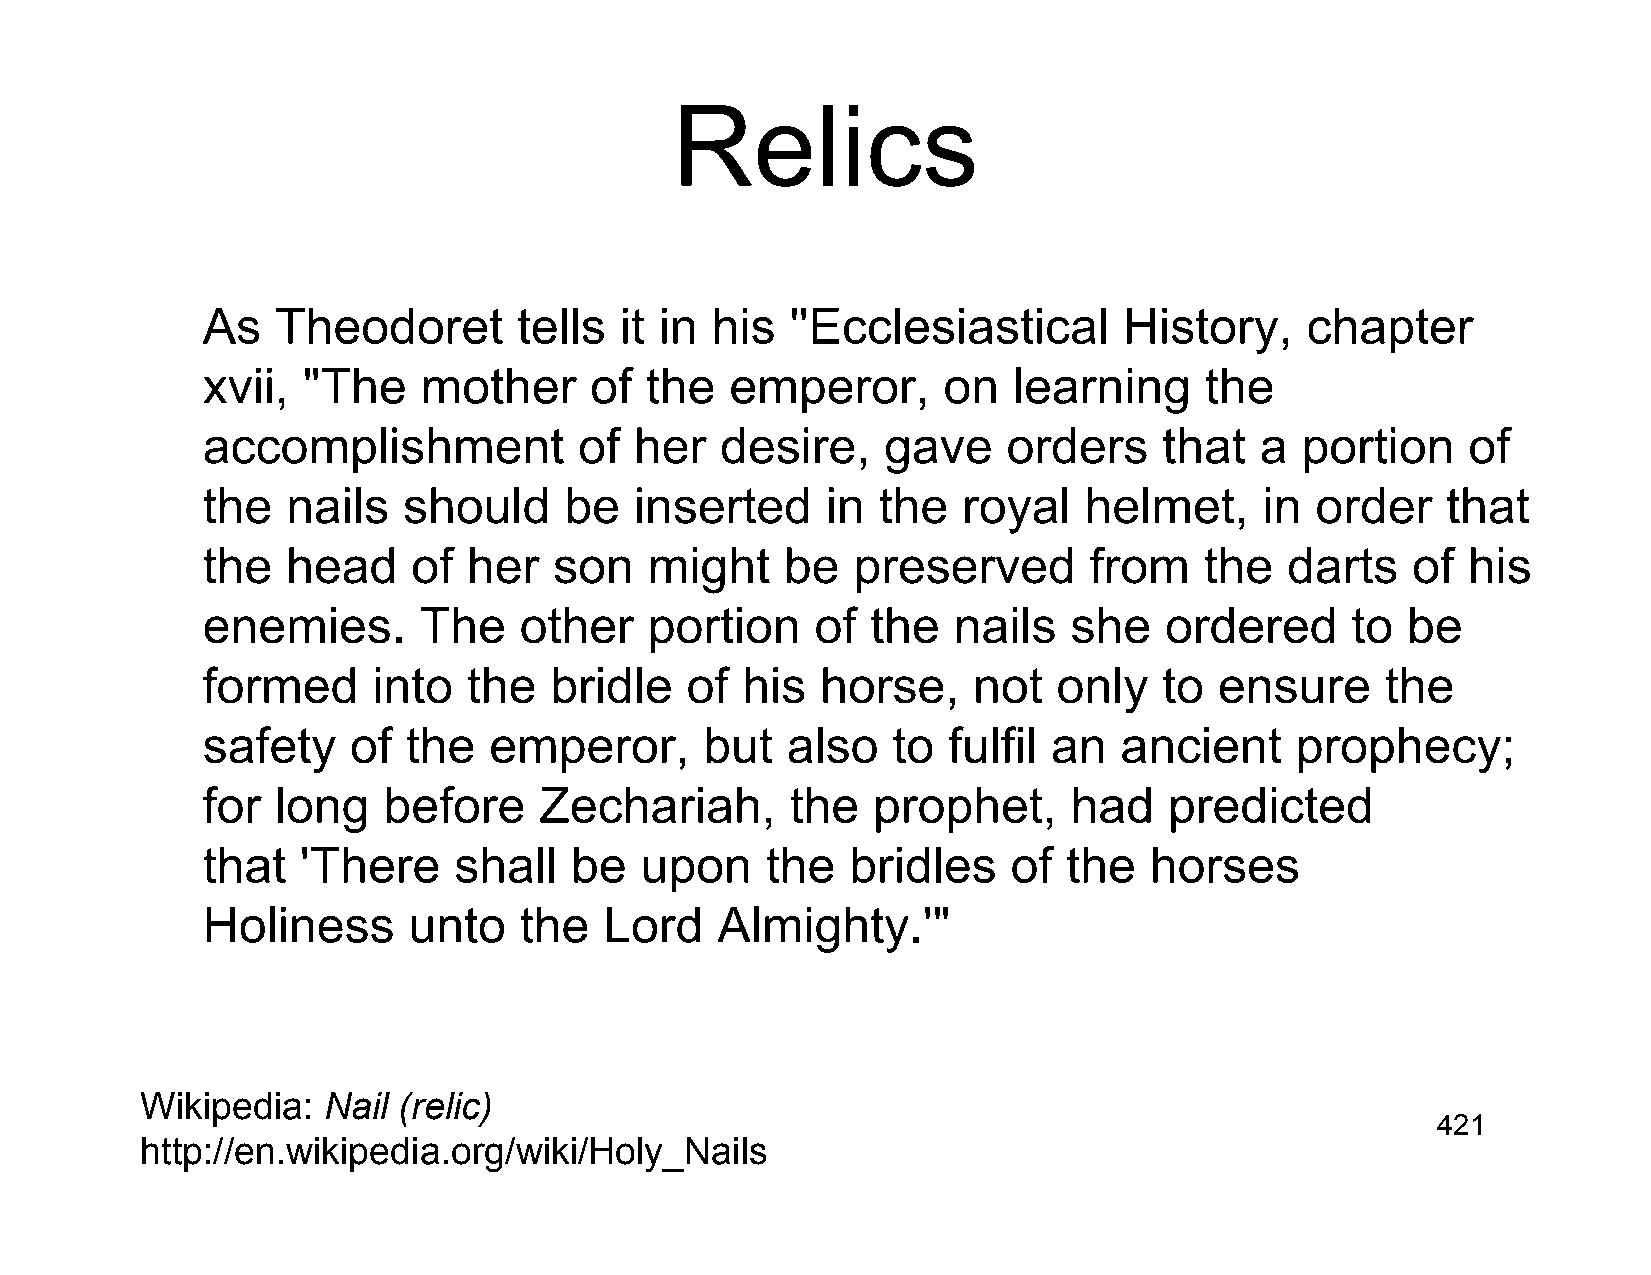
Relics
 As   Theodoret       tells  it in his  ''Ecclesiastical      History,    chapter
 xvii,  "The    mother     of  the  emperor,      on   learning     the
 accomplishment           of  her   desire,    gave    orders    that  a  portion    of
 the   nails   should    be   inserted     in the   royal   helmet,     in order    that
 the   head    of  her   son   might    be  preserved       from    the  darts   of  his
 enemies.       The   other    portion    of  the  nails   she   ordered     to  be
 formed      into  the  bridle   of  his  horse,    not   only   to  ensure     the
 safety    of  the  emperor,       but  also   to  fulfil an  ancient     prophecy;
 for  long   before     Zechariah,      the   prophet,     had   predicted
 that   'There    shall   be  upon     the  bridles    of  the  horses
 Holiness      unto   the   Lord   Almighty.'"
 Wikipedia:  Nail (relic)
 421
 http://en.wikipedia.org/wiki/Holy_Nails